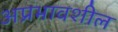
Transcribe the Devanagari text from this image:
अप्रभावशील